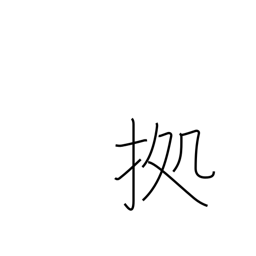
Meaning: follow